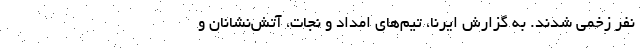
نفر زخمی شدند. به گزارش ایرنا، تیم‌های امداد و نجات، آتش‌نشانان و